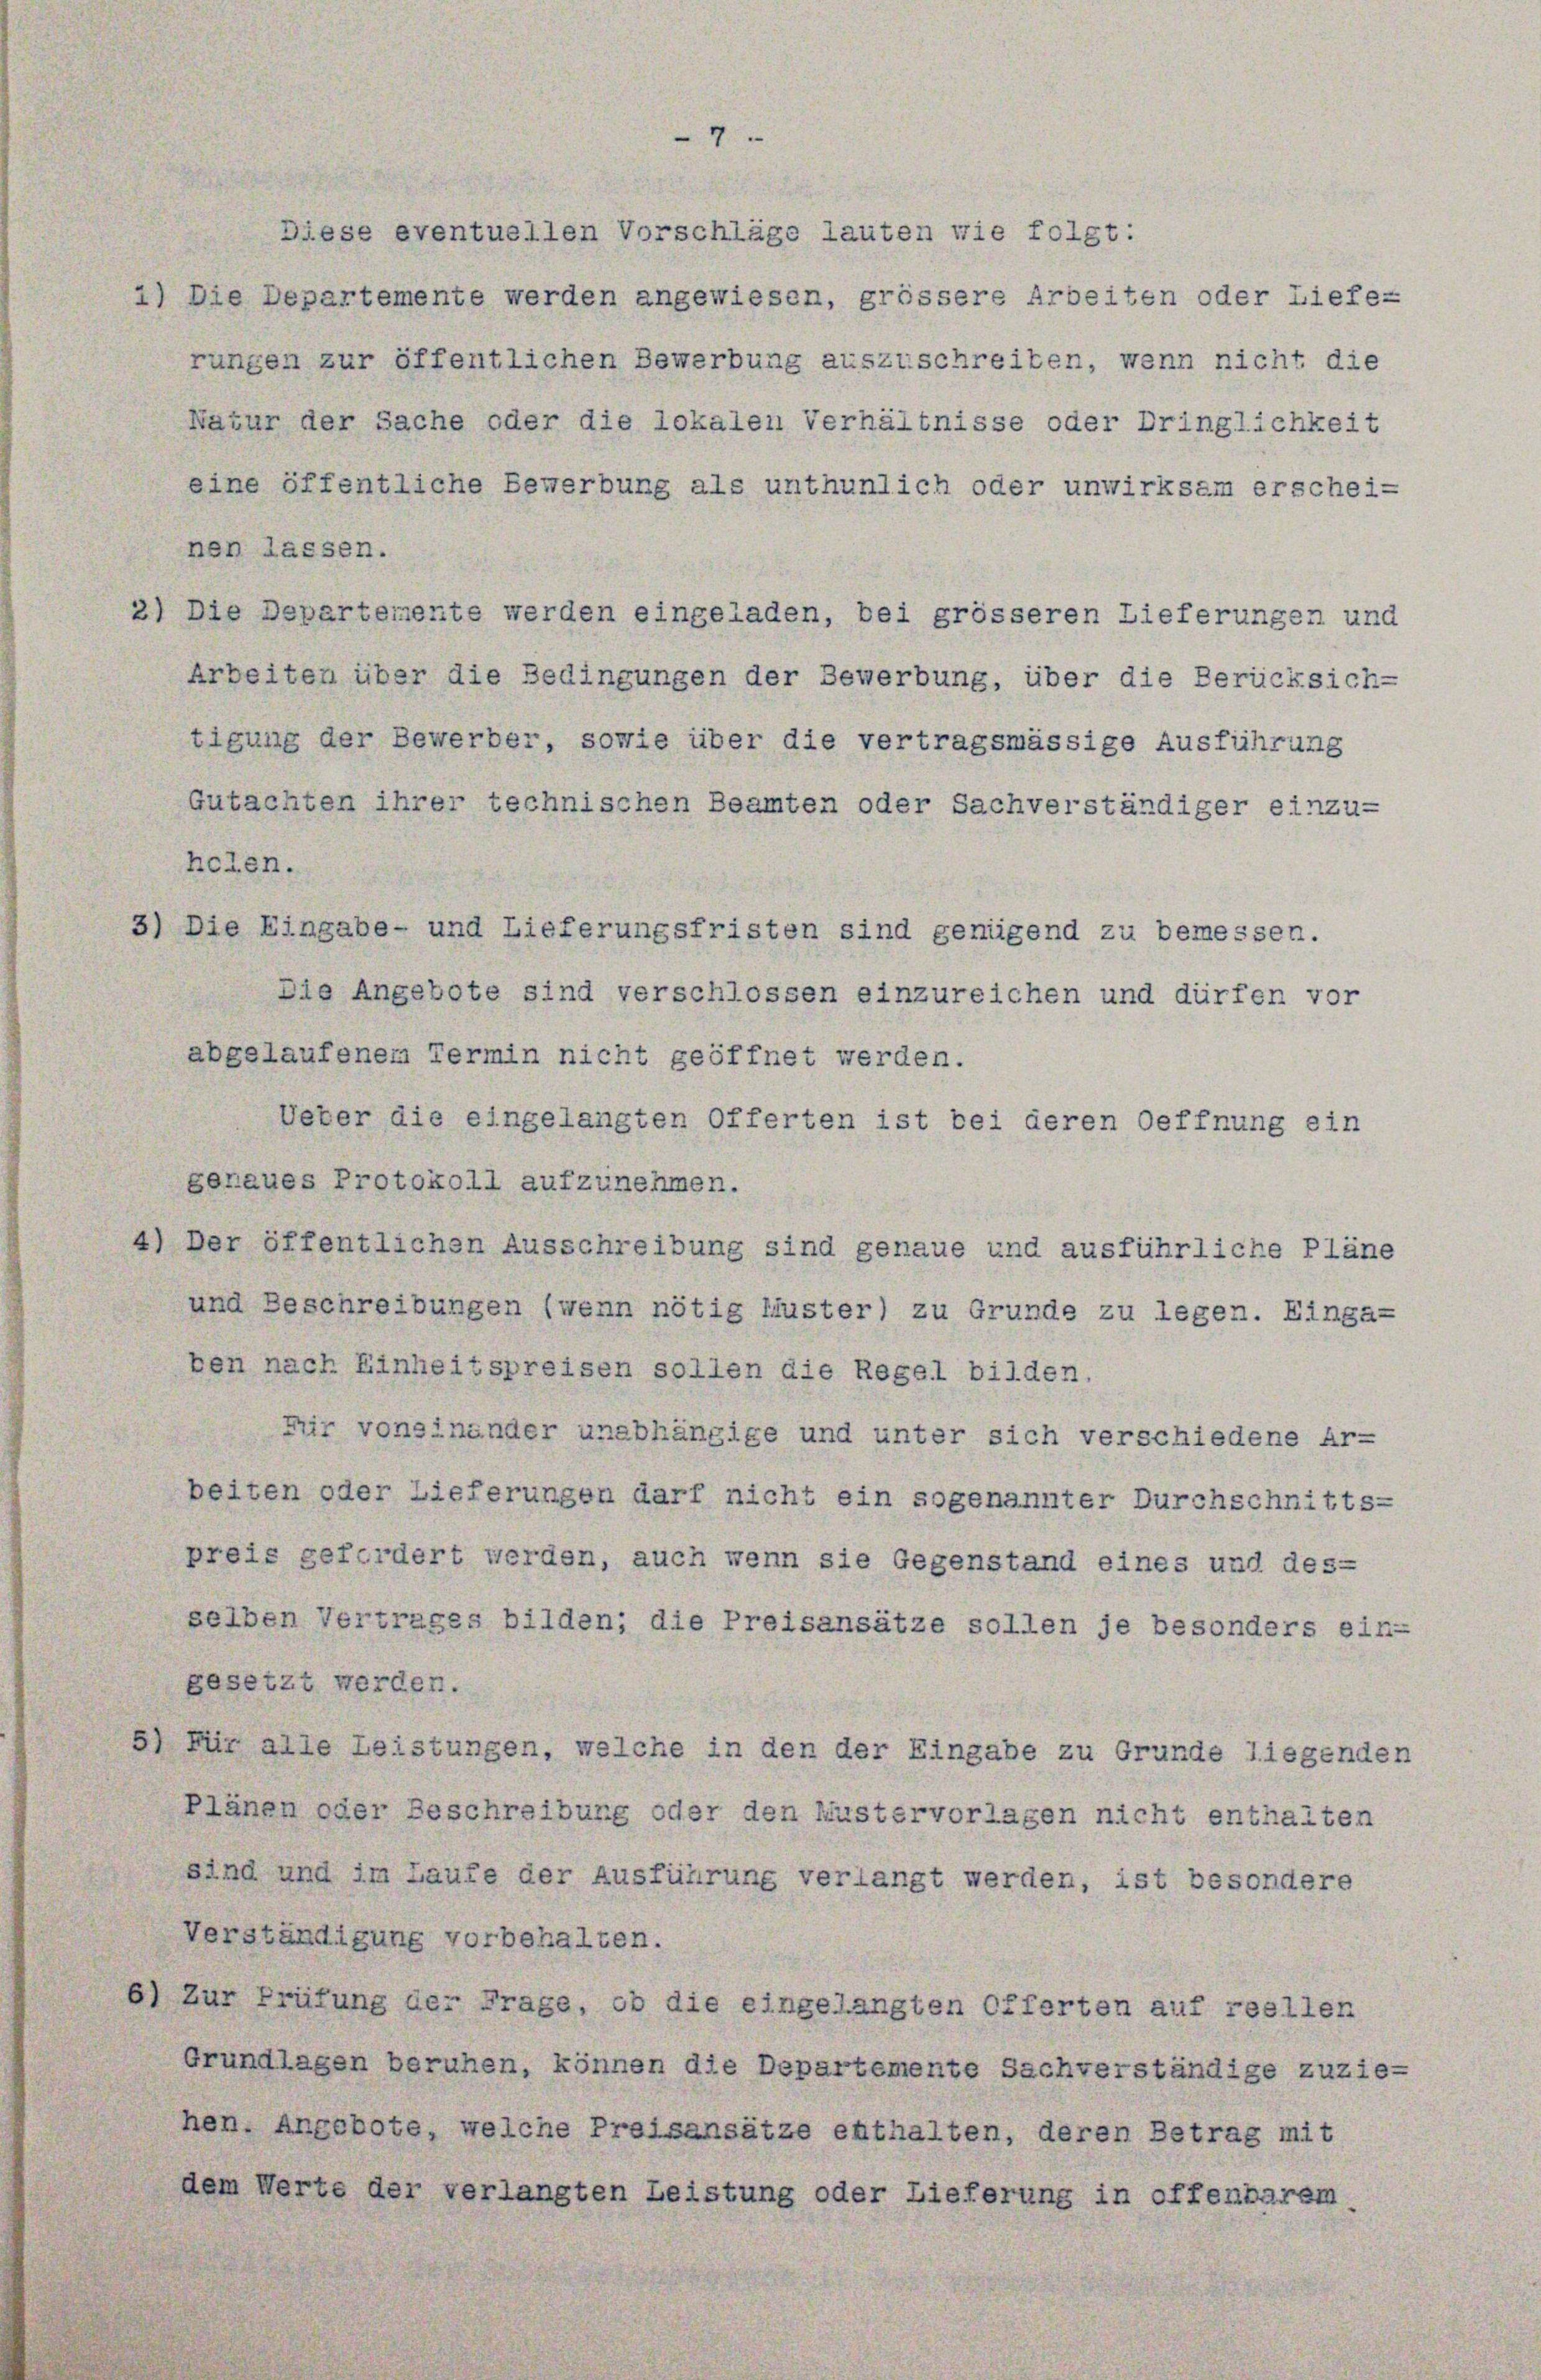
7

Diese eventuellen Vorschläge lauten wie folgt:
1) Die Departemente werden angewiesen, grössere Arbeiten oder Liefe-
rungen zur öffentlichen Bewerbung auszuschreiben, wenn nicht die
Natur der Sache oder die lokalen Verhältnisse oder Dringlichkeit
eine öffentliche Bewerbung als unthunlich oder unwirksam erschei-
nen lassen.
) Die Departemente werden eingeladen, bei grösseren Lieferungen und
Arbeiten über die Bedingungen der Bewerbung, über die Berücksich-
tigung der Bewerber, sowie über die vertragsmässige Ausführung
Gutachten ihrer technischen Beamten oder Sachverständiger einzu-
helen.
S) Die Eingabe- und Lieferungsfristen sind genügend zu bemessen.
Die Angebote sind verschlossen einzureichen und dürfen vor
abgelaufenem Termin nicht geöffnet werden.
Ueber die eingelangten Offerten ist bei deren Oeffnung ein
genaues Protokoll aufzunehmen.
4) Der öffentlichen Ausschreibung sind genaue und ausführliche Pläne
und Beschreibungen (wenn nötig Muster) zu Grunde zu legen. Einga-
ben nach Einheitspreisen sollen die Regel bilden.
für voneinander unabhängige und unter sich verschiedene Ar-
beiten oder Lieferungen darf nicht ein sogenannter Durchschnitts-
preis gefordert werden, auch wenn sie Gegenstand eines und des-
selben Vertrages bilden; die Preisansätze sollen je besonders ein-
gesetzt werden.
) Für alle Leistungen, welche in den der Eingabe zu Grunde liegenden
Plänen oder Beschreibung oder den Mustervorlagen nicht enthalten
sind und im Laufe der Ausführung verlangt werden, ist besondere
Verständigung vorbehalten.
) Zur Prüfung der Frage, ob die eingelangten Offerten auf reellen
Grundlagen beruhen, können die Departemente Sachverständige zuziehen. Angebote, welche Preisansätze enthalten, deren Betrag mit
dem Werte der verlangten Leistung oder Lieferung in offenbarem